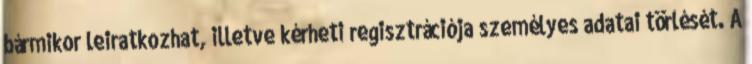
bármikor leiratkozhat, illetve kérheti regisztrációja személyes adatai törlését. A